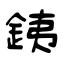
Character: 銕